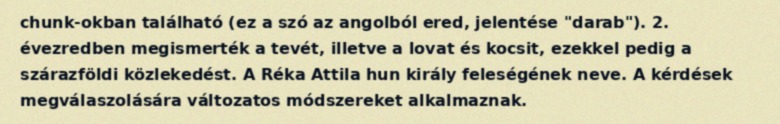
chunk-okban található (ez a szó az angolból ered, jelentése "darab"). 2. évezredben megismerték a tevét, illetve a lovat és kocsit, ezekkel pedig a szárazföldi közlekedést. A Réka Attila hun király feleségének neve. A kérdések megválaszolására változatos módszereket alkalmaznak.